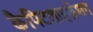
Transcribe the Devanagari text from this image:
कैपिटलाइज़ेशन